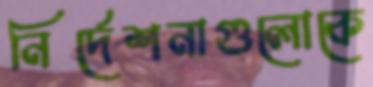
নির্দেশনাগুলোকে